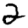
Digit: 2